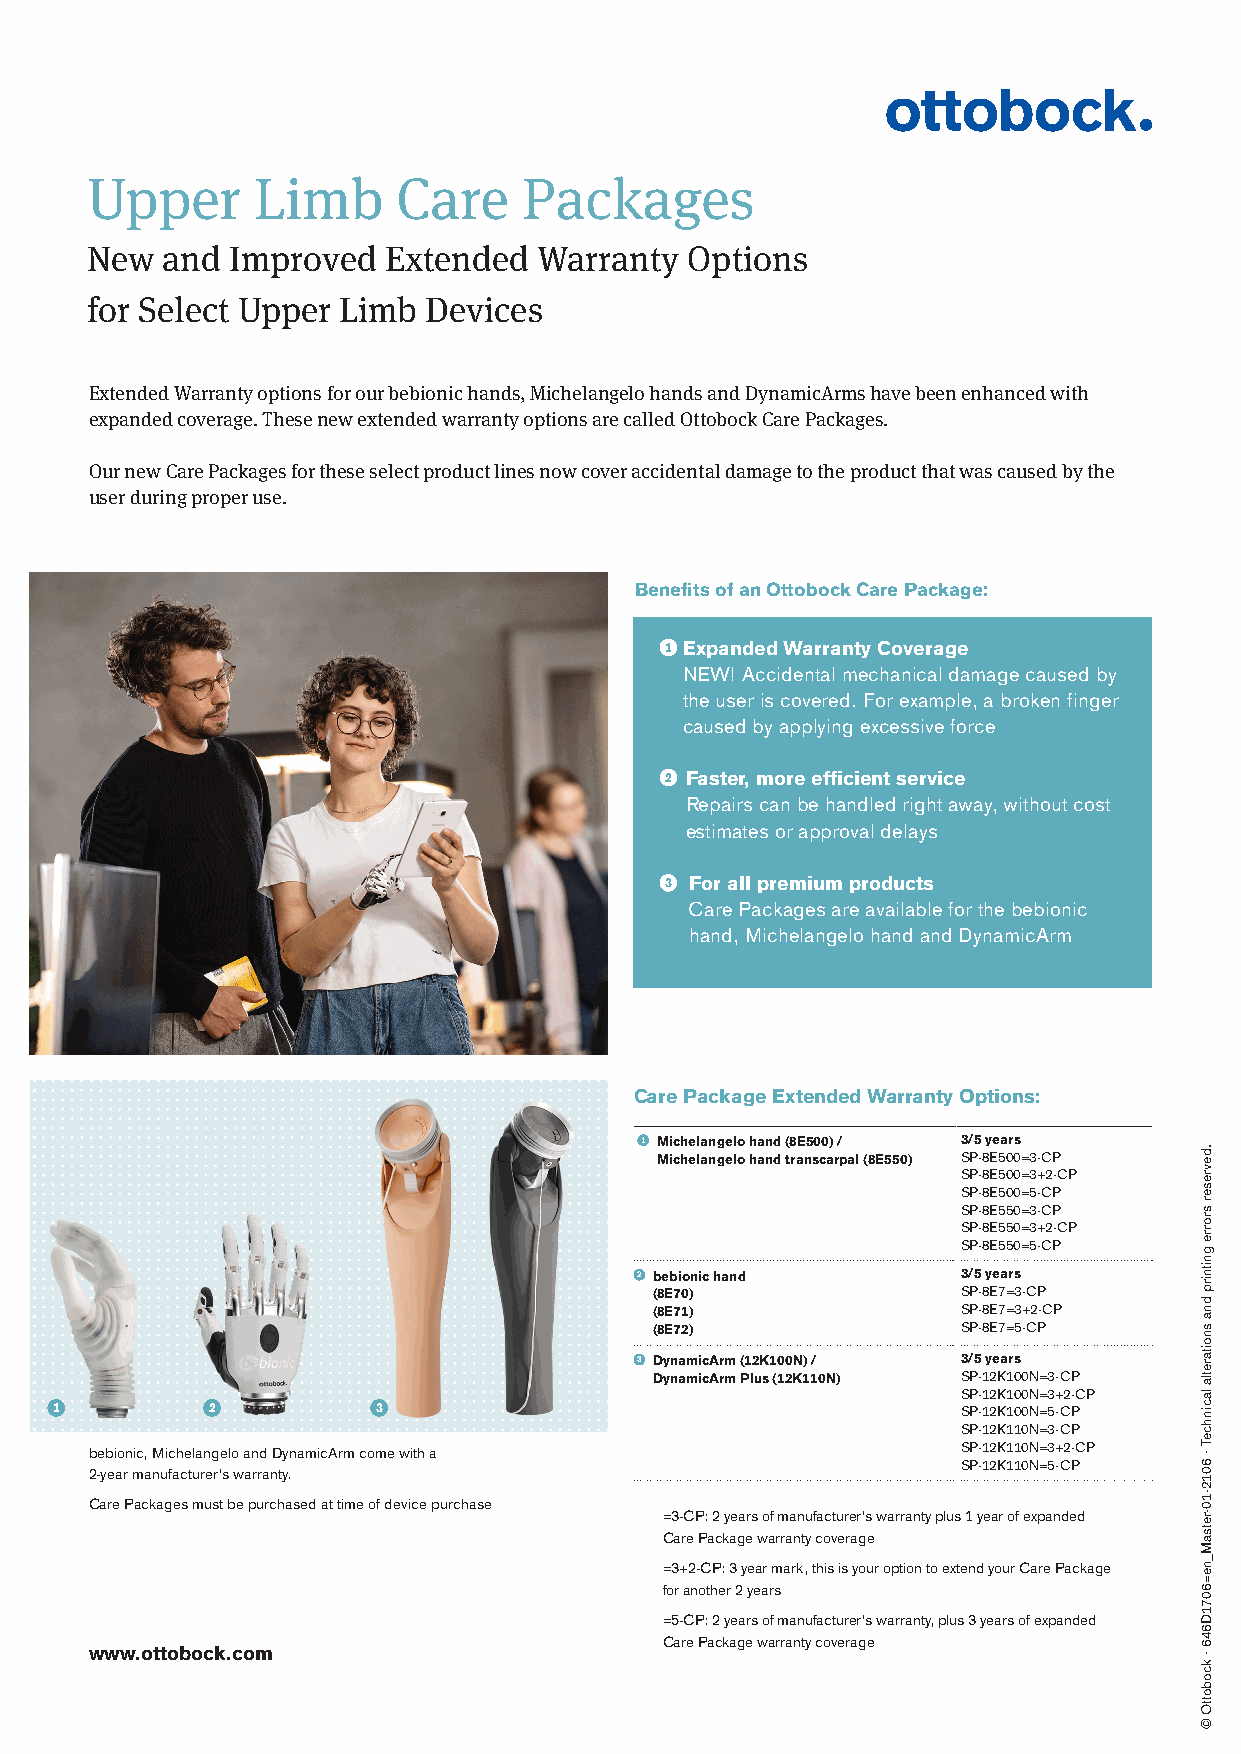
Upper      Limb     Care     Packages
 New  and Improved  Extended   Warranty  Options
 for Select Upper Limb Devices
 Extended Warranty options for our bebionic hands, Michelangelo hands and DynamicArms have been enhanced with
 expanded coverage. These new extended warranty options are called Ottobock Care Packages.
 Our new Care Packages for these select product lines now cover accidental damage to the product that was caused by the
 user during proper use.
 Benefits of an Ottobock Care Package:
 1 Expanded Warranty Coverage
 NEW! Accidental mechanical damage caused by
 the user is covered. For example, a broken finger
 caused by applying excessive force
 2 Faster, more efficient service
 Repairs can be handled right away, without cost
 estimates or approval delays
 3 For all premium products
 Care Packages are available for the bebionic
 hand, Michelangelo hand and DynamicArm
 Care Package Extended Warranty Options:
 1 Michelangelo hand (8E500) / 3/5 years
 Michelangelo hand transcarpal (8E550) SP-8E500=3-CP
 SP-8E500=3+2-CP
 SP-8E500=5-CP
 SP-8E550=3-CP
 SP-8E550=3+2-CP
 SP-8E550=5-CP
 2 bebionic hand       3/5 years
 (8E70)               SP-8E7=3-CP
 (8E71)               SP-8E7=3+2-CP
 (8E72)               SP-8E7=5-CP
 3 DynamicArm (12K100N) / 3/5 years
 DynamicArm Plus (12K110N) SP-12K100N=3-CP
 SP-12K100N=3+2-CP
 1          2          3                                      SP-12K100N=5-CP
 SP-12K110N=3-CP
 bebionic, Michelangelo and DynamicArm come with a         SP-12K110N=3+2-CP SP-12K110N=5-CP
 2-year manufacturer’s warranty.
 Care Packages must be purchased at time of device purchase
 =3-CP: 2 years of manufacturer’s warranty plus 1 year of expanded
 Care Package warranty coverage
 =3+2-CP: 3 year mark, this is your option to extend your Care Package
 for another 2 years
 =5-CP: 2 years of manufacturer’s warranty, plus 3 years of expanded
 Care Package warranty coverage
 www.ottobock.com
 .devreser
 srorre
 gnitnirp
 dna
 snoitaretla
 lacinhceT
 · 6012-10-retsaM_ne=6071D646
 · kcobottO
 ©